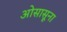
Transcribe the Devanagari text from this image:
ओसासूना